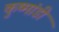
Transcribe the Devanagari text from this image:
कुष्मांडी